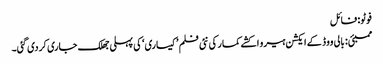
فوٹو: فائل
ممبئی: بالی ووڈ کے ایکشن ہیرو اکشے کمار کی نئی فلم ’کیساری‘ کی پہلی جھلک جاری کردی گئی۔